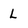
Character: L